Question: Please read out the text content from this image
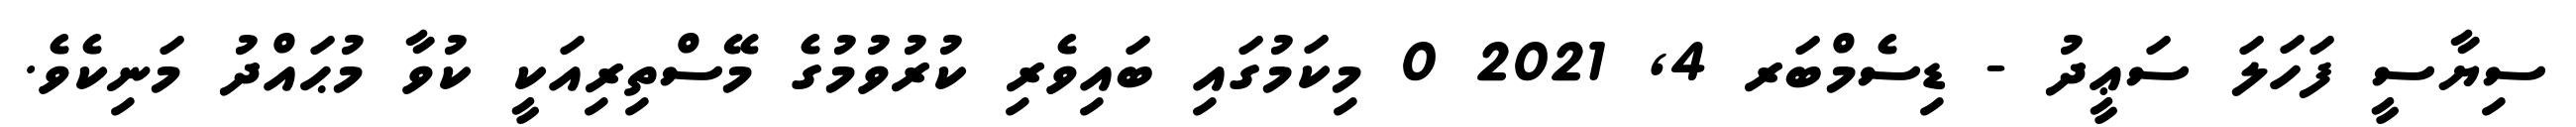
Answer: ސިޔާސީ ފަހަލަ ސަޢީދު - ޑިސެމްބަރ 4, 2021 0 މިކަމުގައި ބައިވެރި ކުރުވުމުގެ މޭސްތިރިއަކީ ކުވާ މުޙައްދު މަނިކެވެ.